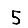
Digit: 5